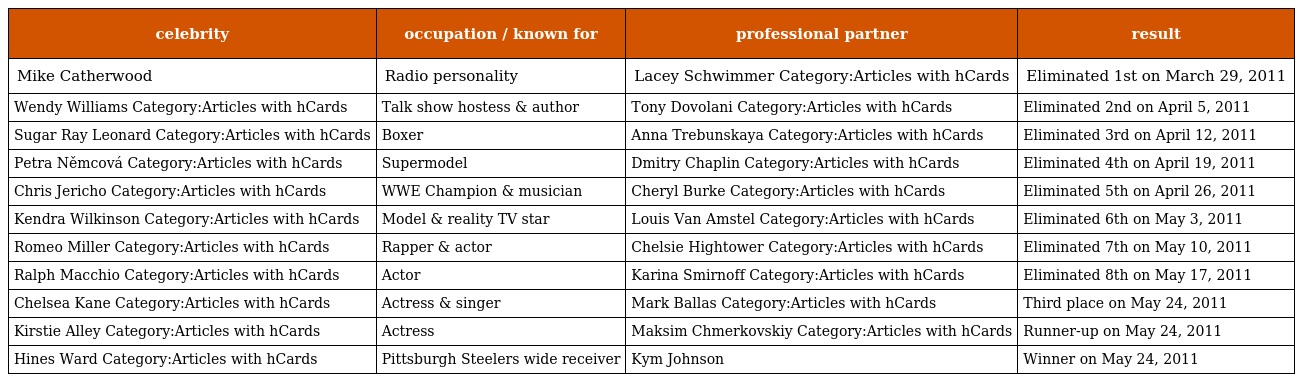
| celebrity | occupation / known for | professional partner | result |
 | --- | --- | --- | --- |
 | Mike Catherwood | Radio personality | Lacey Schwimmer Category:Articles with hCards | Eliminated 1st on March 29, 2011 |
 | Wendy Williams Category:Articles with hCards | Talk show hostess & author | Tony Dovolani Category:Articles with hCards | Eliminated 2nd on April 5, 2011 |
 | Sugar Ray Leonard Category:Articles with hCards | Boxer | Anna Trebunskaya Category:Articles with hCards | Eliminated 3rd on April 12, 2011 |
 | Petra Němcová Category:Articles with hCards | Supermodel | Dmitry Chaplin Category:Articles with hCards | Eliminated 4th on April 19, 2011 |
 | Chris Jericho Category:Articles with hCards | WWE Champion & musician | Cheryl Burke Category:Articles with hCards | Eliminated 5th on April 26, 2011 |
 | Kendra Wilkinson Category:Articles with hCards | Model & reality TV star | Louis Van Amstel Category:Articles with hCards | Eliminated 6th on May 3, 2011 |
 | Romeo Miller Category:Articles with hCards | Rapper & actor | Chelsie Hightower Category:Articles with hCards | Eliminated 7th on May 10, 2011 |
 | Ralph Macchio Category:Articles with hCards | Actor | Karina Smirnoff Category:Articles with hCards | Eliminated 8th on May 17, 2011 |
 | Chelsea Kane Category:Articles with hCards | Actress & singer | Mark Ballas Category:Articles with hCards | Third place on May 24, 2011 |
 | Kirstie Alley Category:Articles with hCards | Actress | Maksim Chmerkovskiy Category:Articles with hCards | Runner-up on May 24, 2011 |
 | Hines Ward Category:Articles with hCards | Pittsburgh Steelers wide receiver | Kym Johnson | Winner on May 24, 2011 |